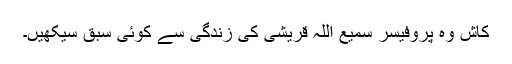
کاش وہ پروفیسر سمیع اللہ قریشی کی زندگی سے کوئی سبق سیکھیں۔